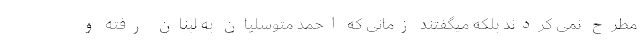
مطرح نمی کردند بلکه میگفتند زمانی که احمد متوسلیان به لبنان رفته و